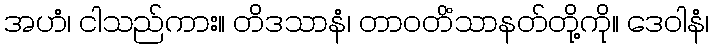
အဟံ၊ ငါသည်ကား။ တိဒသာနံ၊ တာဝတိံသာနတ်တို့ကို။ ဒေဝါနံ၊